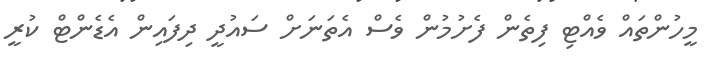
މީހުންތައް ވެއްޓި ފިތެން ފެށުމުން ވެސް އެތަނަށް ސައުދީ ދިފައިން އެޑެންޓް ކުރީ